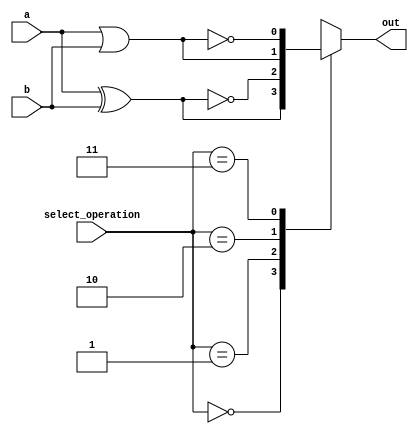
module Guia_0704 (input a, input b, input [1:0] select_operation, output reg out);

  wire xor_out, xnor_out, or_out, nor_out;

  // Portas NATIVAS para implementar operaes lgicas
  xor XOR1 (xor_out, a, b);
  xnor XNOR1 (xnor_out, a, b);
  or OR1 (or_out, a, b);
  nor NOR1 (nor_out, a, b);

  // Seleo da operao
  always @*
  begin
    case(select_operation)
      2'b00: out = xor_out; // XOR
      2'b01: out = xnor_out; // XNOR
      2'b10: out = or_out; // OR
      2'b11: out = nor_out; // NOR
      default: out = 1'bx; // Caso invlido
    endcase
  end

endmodule

module test_Guia_0704;

  reg a, b;
  reg [1:0] select_operation;
  wire out;

  // Instanciar o mdulo Guia_0704
  Guia_0704 uut (a, b, select_operation, out);

  initial begin
    $display(" a b sel_op out");
    a = 1'b0; b = 1'b1; select_operation = 2'b00; // Teste com XOR

    // Projetar testes do mdulo
    #1 $monitor("%b %b %b %b", a, b, select_operation, out);
    #1 select_operation = 2'b01; // Teste com XNOR
    #1 select_operation = 2'b10; // Teste com OR
    #1 select_operation = 2'b11; // Teste com NOR
  end

endmodule